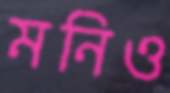
মনিও